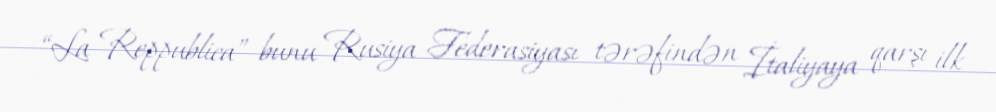
“La Reppublica” bunu Rusiya Federasiyası tərəfindən İtaliyaya qarşı ilk